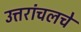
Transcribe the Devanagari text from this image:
उत्तरांचलचे